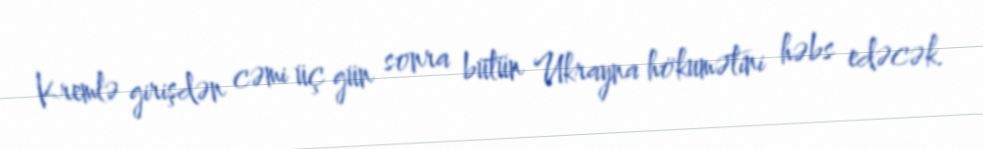
Kremlə girişdən cəmi üç gün sonra bütün Ukrayna hökumətini həbs edəcək.